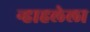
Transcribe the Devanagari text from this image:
न्हाहलेला